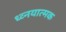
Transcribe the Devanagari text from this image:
ध्व्नयात्मक